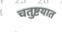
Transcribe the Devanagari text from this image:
चतुष्टयात